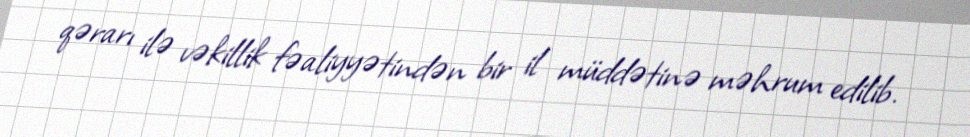
qərarı ilə vəkillik fəaliyyətindən bir il müddətinə məhrum edilib.